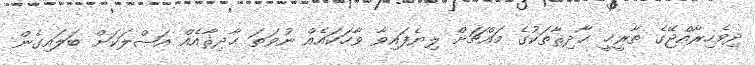
ދިވެހިރާއްޖޭގެ ތާރީޚީ ޙާދިޘާތަކުގެ މައްޗަށް ލިޔެފައިވާ ވާހަކައެއް ނުވަތަ ޙާދިޘާއެއް އަޞްލަކަށް ބަލައިގެން